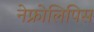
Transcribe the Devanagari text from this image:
नेफ्रोलिपिस